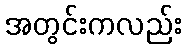
အတွင်းကလည်း